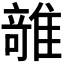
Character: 𱁊